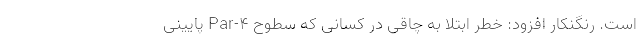
است. رنگنکار افزود: خطر ابتلا به چاقی در کسانی که سطوح Par-۴ پایینی